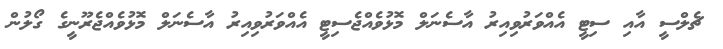
ޗެލްސީ އާއި ސިޓީ އެއްވަރުވިއިރު އާސެނަލް މޮޅުވެއްޖެސިޓީ އެއްވަރުވިއިރު އާސެނަލް މޮޅުވެއްޖެރޫނީގެ ގޯލުން